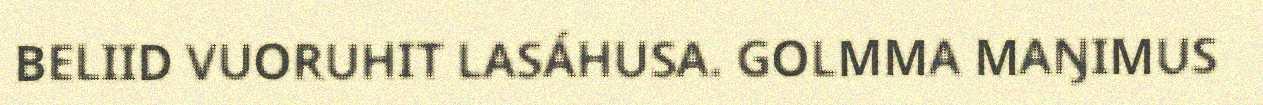
BELIID VUORUHIT LASÁHUSA. GOLMMA MAŊIMUS